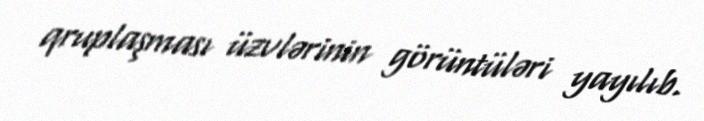
qruplaşması üzvlərinin görüntüləri yayılıb.